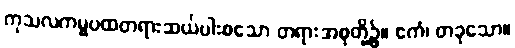
ကုသလကမ္မပထတရားဆယ်ပါးစသော တရားအစုတို့၌။ ဧကံ၊ တခုသော။